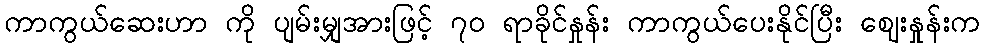
ကာကွယ်ဆေးဟာ ကို ပျမ်းမျှအားဖြင့် ၇၀ ရာခိုင်နှုန်း ကာကွယ်ပေးနိုင်ပြီး ဈေးနှုန်းက